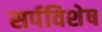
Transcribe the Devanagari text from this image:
सर्पविशेष